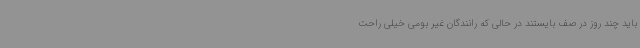
باید چند روز در صف بایستند در حالی که رانندگان غیر بومی خیلی راحت